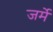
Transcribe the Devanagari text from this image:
जर्मे